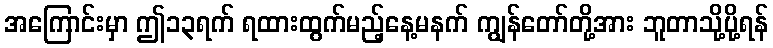
အကြောင်းမှာ ဤ၁၃ရက် ရထားထွက်မည့်နေ့မနက် ကျွန်တော်တို့အား ဘူတာသို့ပို့ရန်